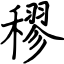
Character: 穋